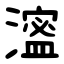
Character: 㵥